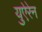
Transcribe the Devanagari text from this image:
युऐरेन